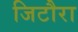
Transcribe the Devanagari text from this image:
जिटौरा